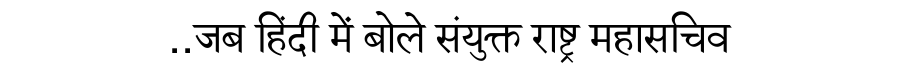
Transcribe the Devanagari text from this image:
..जब हिंदी में बोले संयुक्त राष्ट्र महासचिव